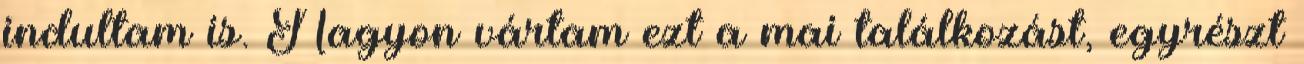
indultam is. Nagyon vártam ezt a mai találkozást, egyrészt